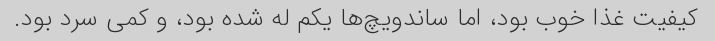
کیفیت غذا خوب بود، اما ساندویچ‌ها یکم له شده بود، و کمی سرد بود.